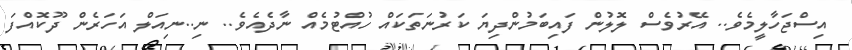
އިސްޖަހާލީމެވެ.. އޭރުވެސް ލޮލުން ފައިބަމުންދިޔަ ކަރުނަތަކައް ހުއްޓުމެއް ނާދެއެވެ.. ނި..ނިއަލް އަހަރެން ދޫކޮއްފަ